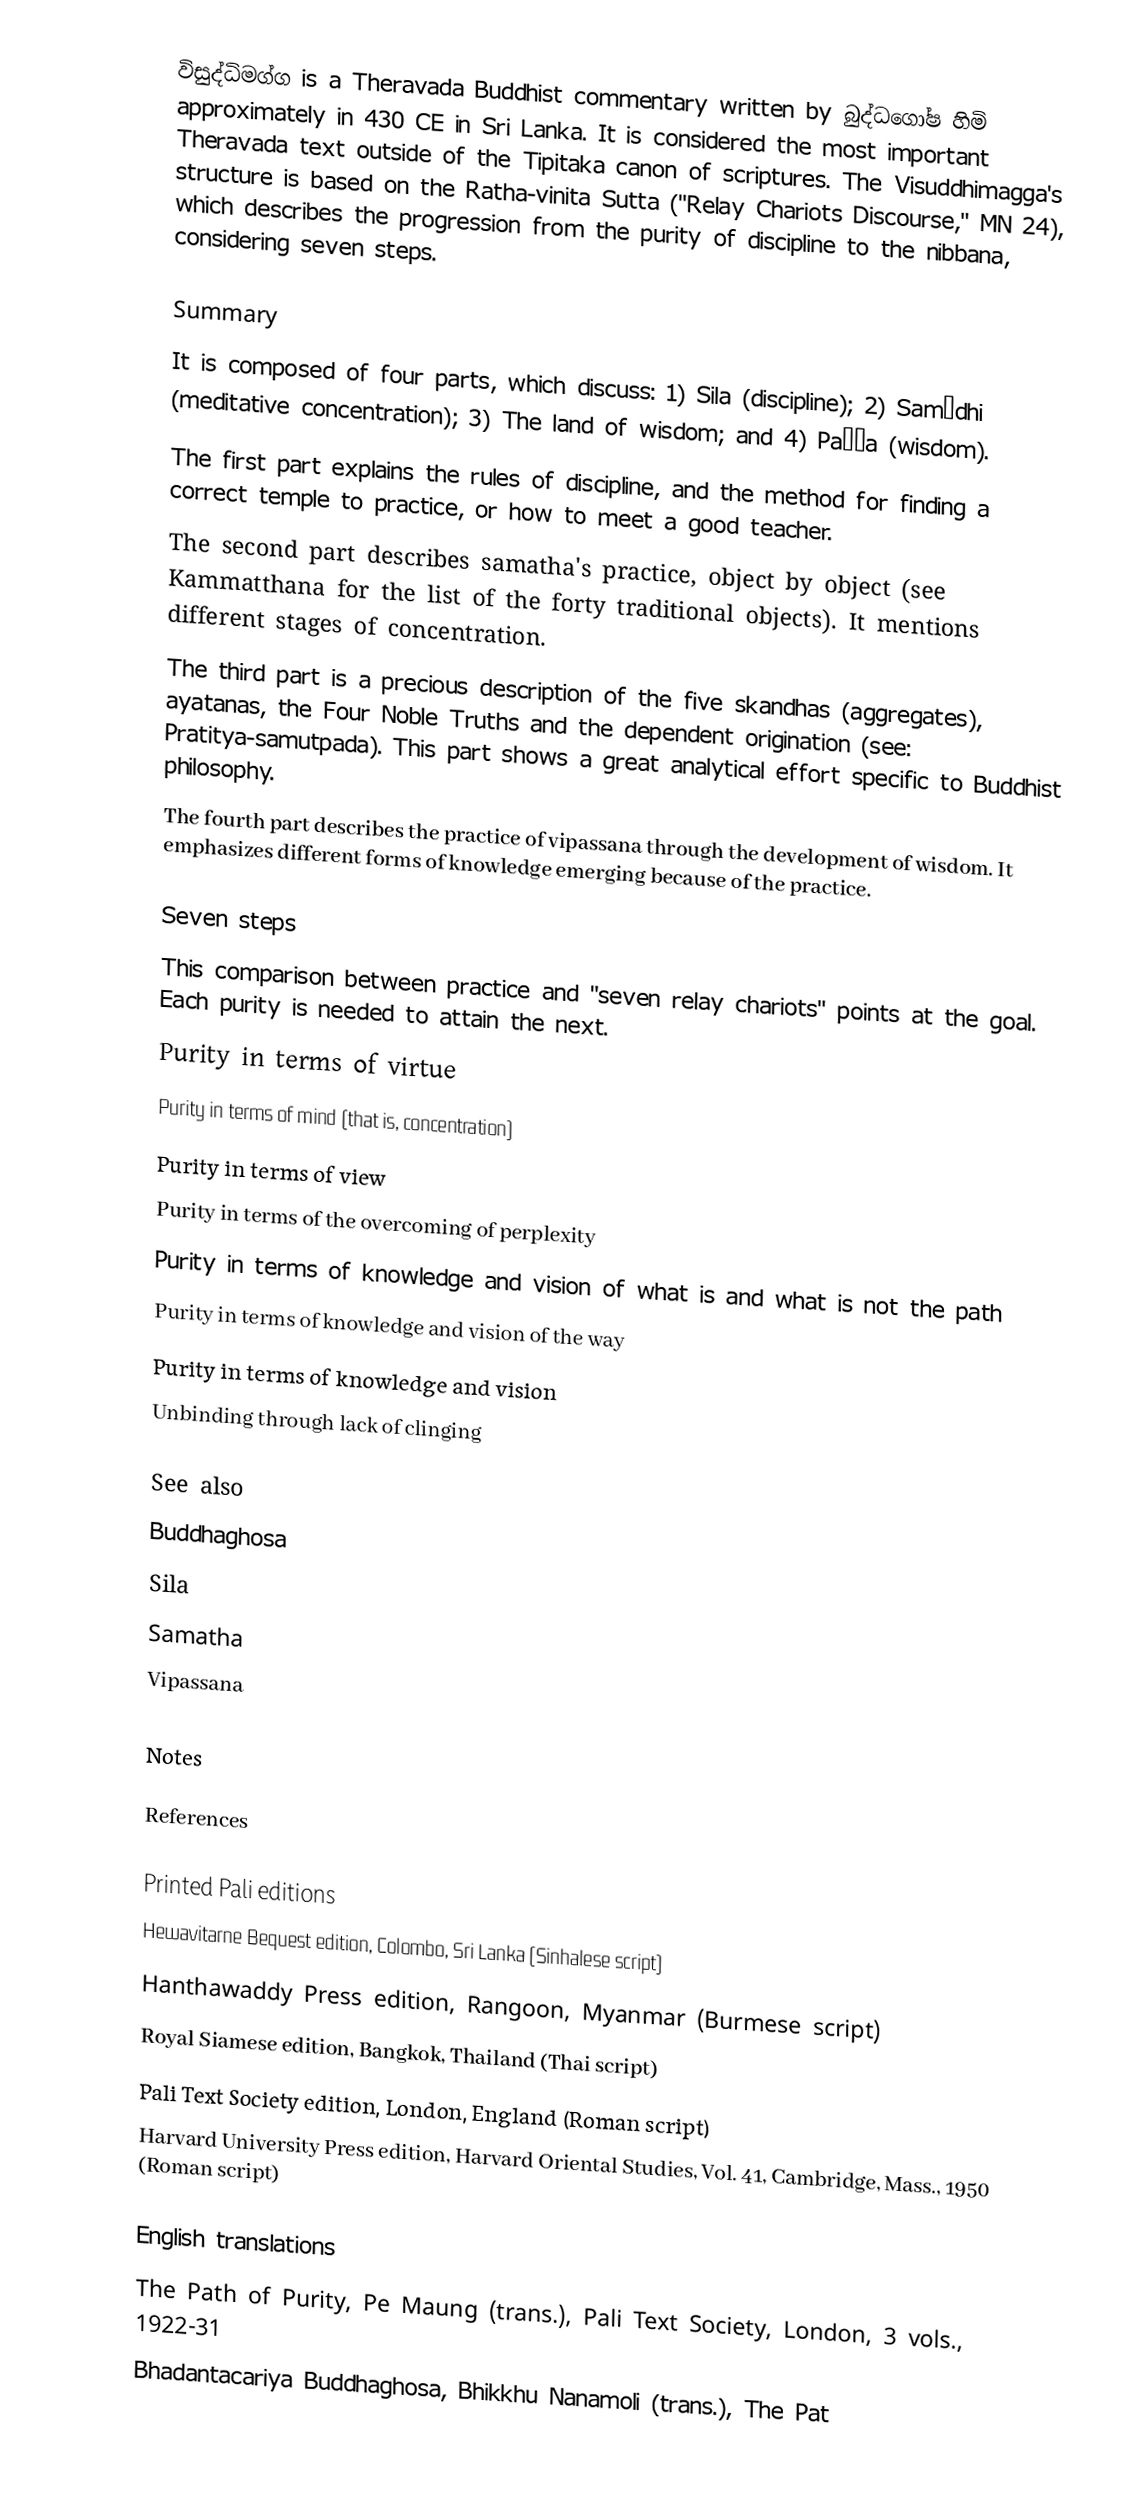
විසුද්ධිමග්ග  is a Theravada Buddhist commentary written by බුද්ධගෝෂ හිමි approximately in 430 CE in Sri Lanka. It is considered the most important Theravada text outside of the Tipitaka canon of scriptures. The Visuddhimagga's structure is based on the Ratha-vinita Sutta ("Relay Chariots Discourse," MN 24), which describes the progression from the purity of discipline to the nibbana, considering seven steps.

Summary
It is composed of four parts, which discuss: 1) Sila (discipline); 2) Samādhi (meditative concentration); 3) The land of wisdom; and 4) Pañña (wisdom).
 The first part explains the rules of discipline, and the method for finding a correct temple to practice, or how to meet a good teacher.
 The second part describes samatha's practice, object by object (see Kammatthana for the list of the forty traditional objects). It mentions different stages of concentration.
 The third part is a precious description of the five skandhas (aggregates), ayatanas, the Four Noble Truths and the dependent origination (see: Pratitya-samutpada). This part shows a great analytical effort specific to Buddhist philosophy.
 The fourth part describes the practice of vipassana through the development of wisdom. It emphasizes different forms of knowledge emerging because of the practice.

Seven steps
This comparison between practice and "seven relay chariots" points at the goal. Each purity is needed to attain the next.
 Purity in terms of virtue
 Purity in terms of mind (that is, concentration)
 Purity in terms of view
 Purity in terms of the overcoming of perplexity
 Purity in terms of knowledge and vision of what is and what is not the path
 Purity in terms of knowledge and vision of the way
 Purity in terms of knowledge and vision
 Unbinding through lack of clinging

See also
 Buddhaghosa
 Sila
 Samatha
 Vipassana

Notes

References

Printed Pali editions
 Hewavitarne Bequest edition, Colombo, Sri Lanka (Sinhalese script)
 Hanthawaddy Press edition, Rangoon, Myanmar (Burmese script)
 Royal Siamese edition, Bangkok, Thailand (Thai script)
 Pali Text Society edition, London, England (Roman script)
 Harvard University Press edition, Harvard Oriental Studies, Vol. 41, Cambridge, Mass., 1950 (Roman script)

English translations
 The Path of Purity, Pe Maung (trans.), Pali Text Society, London, 3 vols., 1922-31
 Bhadantacariya Buddhaghosa, Bhikkhu Nanamoli (trans.), The Pat